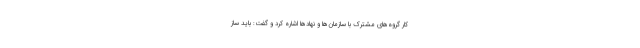
کار گروه‌های مشترک با سازمان‌ها و نهادها اشاره کرد و گفت: باید ساز